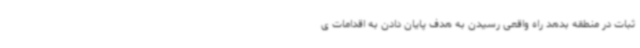
ثبات در منطقه بدهد راه واقعی رسیدن به هدف پایان دادن به اقدامات ی